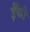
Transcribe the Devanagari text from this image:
ईँकी